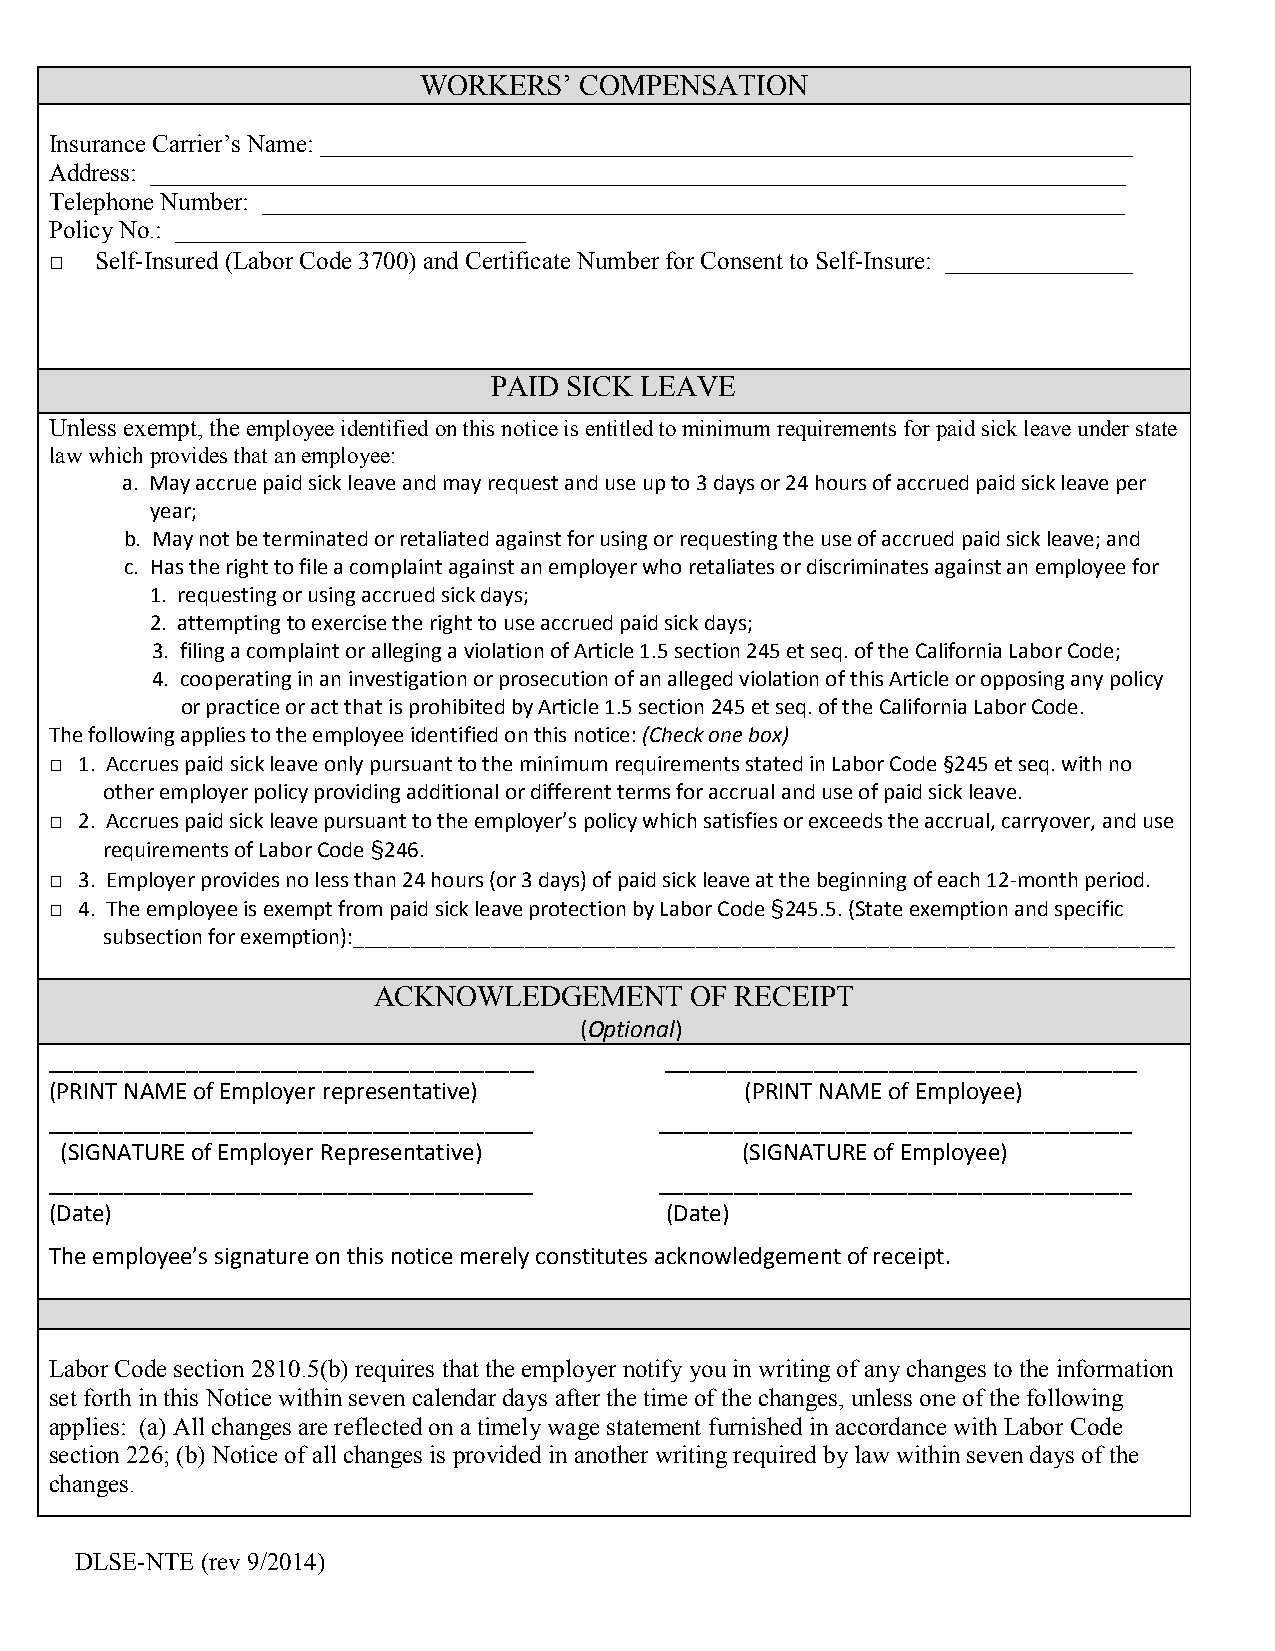
WORKERS’  COMPENSATION
 Insurance Carrier’s Name: _________________________________________________________________
 Address: ______________________________________________________________________________
 Telephone Number: _____________________________________________________________________
 Policy No.: ____________________________
 □  Self-Insured (Labor Code 3700) and Certificate Number for Consent to Self-Insure: _______________
 PAID SICK LEAVE
 Unless exempt, the employee identified on this notice is entitled to minimum requirements for paid sick leave under state
 law which provides that an employee:
 a. May accrue paid sick leave and may request and use up to 3 days or 24 hours of accrued paid sick leave per
 year;
 b. May not be terminated or retaliated against for using or requesting the use of accrued paid sick leave; and
 c. Has the right to file a complaint against an employer who retaliates or discriminates against an employee for
 1. requesting or using accrued sick days;
 2. attempting to exercise the right to use accrued paid sick days;
 3. filing a complaint or alleging a violation of Article 1.5 section 245 et seq. of the California Labor Code;
 4. cooperating in an investigation or prosecution of an alleged violation of this Article or opposing any policy
 or practice or act that is prohibited by Article 1.5 section 245 et seq. of the California Labor Code.
 The following applies to the employee identified on this notice: (Check one box)
 □ 1. Accrues paid sick leave only pursuant to the minimum requirements stated in Labor Code §245 et seq. with no
 other employer policy providing additional or different terms for accrual and use of paid sick leave.
 □ 2. Accrues paid sick leave pursuant to the employer’s policy which satisfies or exceeds the accrual, carryover, and use
 requirements of Labor Code §246.
 □ 3. Employer provides no less than 24 hours (or 3 days) of paid sick leave at the beginning of each 12-month period.
 □ 4. The employee is exempt from paid sick leave protection by Labor Code §245.5. (State exemption and specific
 subsection for exemption):________________________________________________________________________
 ACKNOWLEDGEMENT      OF RECEIPT
 (Optional)
 _______________________________________  ______________________________________
 (PRINT NAME of Employer representative)       (PRINT NAME of Employee)
 _______________________________________  ______________________________________
 (SIGNATURE of Employer Representative)       (SIGNATURE of Employee)
 _______________________________________  ______________________________________
 (Date)                                   (Date)
 The employee’s signature on this notice merely constitutes acknowledgement of receipt.
 Labor Code section 2810.5(b) requires that the employer notify you in writing of any changes to the information
 set forth in this Notice within seven calendar days after the time of the changes, unless one of the following
 applies: (a) All changes are reflected on a timely wage statement furnished in accordance with Labor Code
 section 226; (b) Notice of all changes is provided in another writing required by law within seven days of the
 changes.
 DLSE-NTE (rev 9/2014)